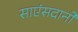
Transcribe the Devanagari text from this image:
साएंसदानों